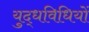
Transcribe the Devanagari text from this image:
युद्धविधियों